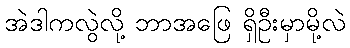
အဲဒါကလွဲလို့ ဘာအဖြေ ရှိဦးမှာမို့လဲ